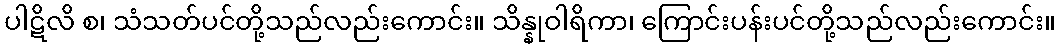
ပါဋိလိ စ၊ သံသတ်ပင်တို့သည်လည်းကောင်း။ သိန္နုဝါရိကာ၊ ကြောင်းပန်းပင်တို့သည်လည်းကောင်း။